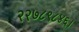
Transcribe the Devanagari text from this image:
२२७८९८४६।